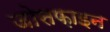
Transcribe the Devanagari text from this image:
जोसफ़ाइन